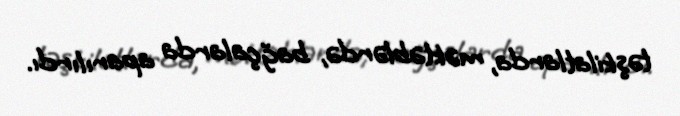
təşkilatlarda, məktəblərdə, bağçalarda aparılırdı.